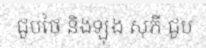
ជួបថៃ និងឡុង សុភី ជួប